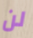
لن